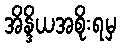
အိန္ဒိယအစိုးရမှ